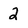
Character: 2